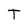
Character: T